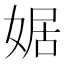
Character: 婮